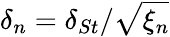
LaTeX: \delta_{n}=\delta_{St}/\sqrt{\xi_{n}}